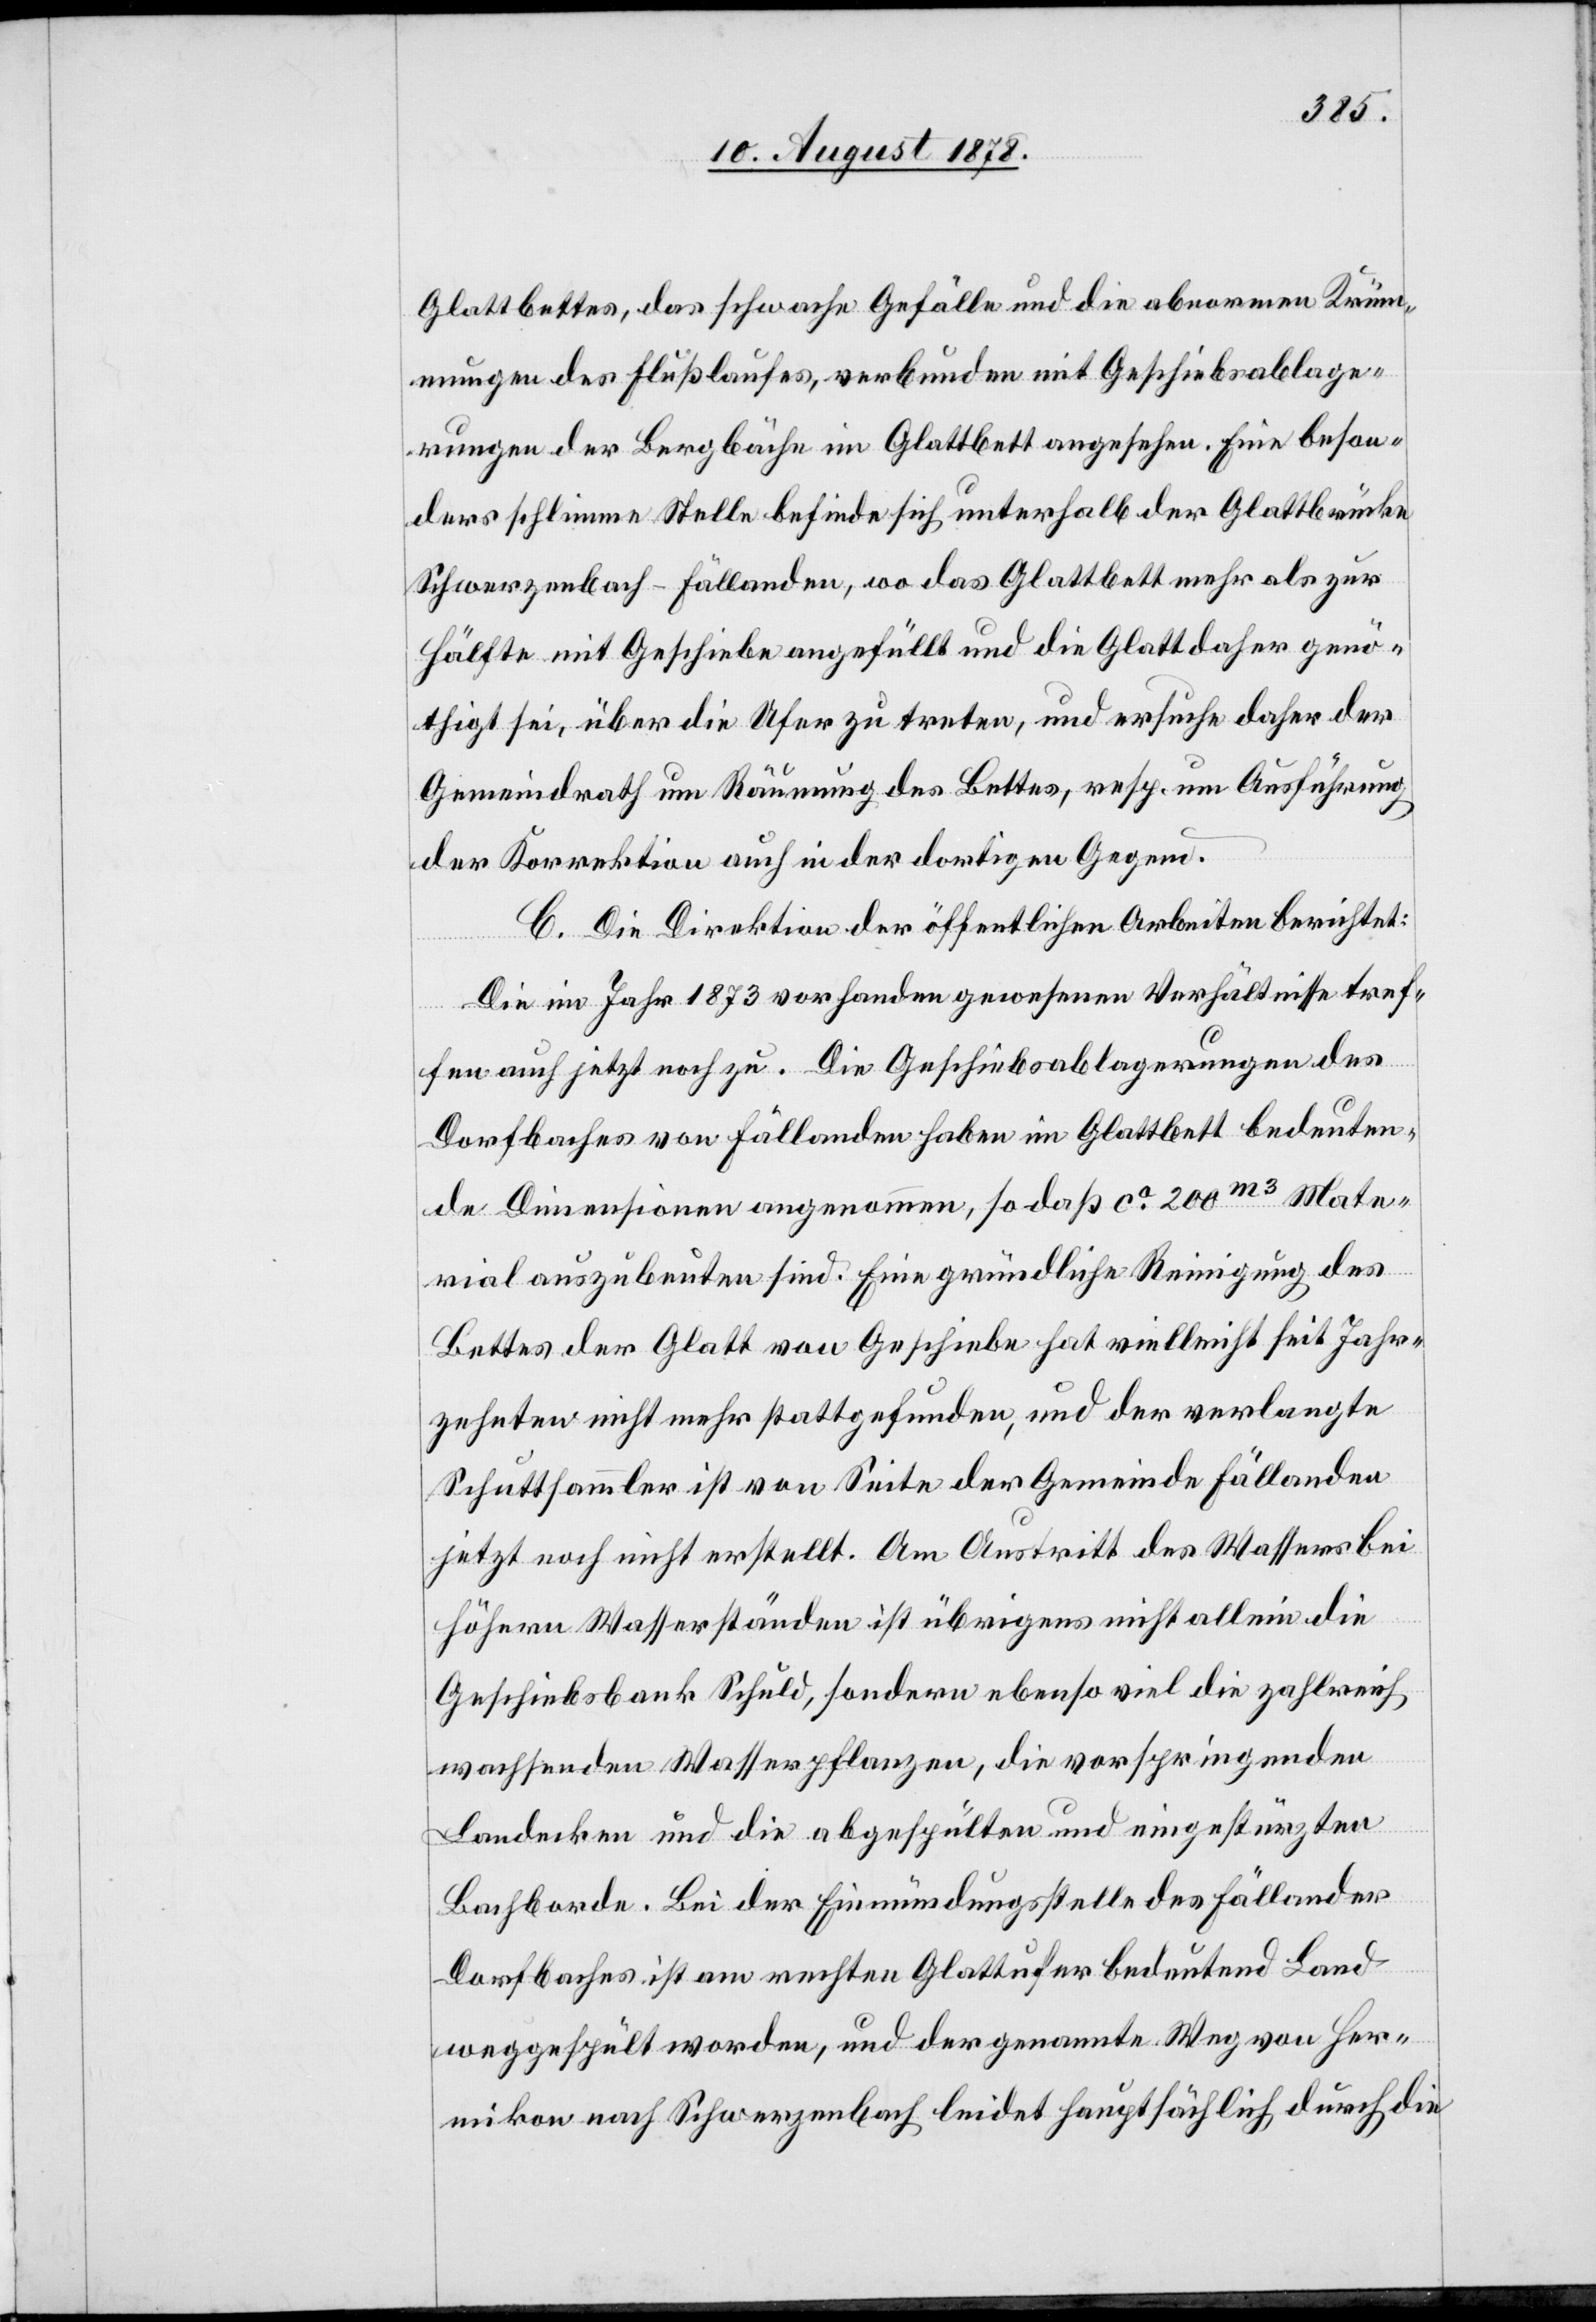
Glattbettes, das schwache Gefälle und die abnormen Krüm¬
mungen des Flusslaufes, verbunden mit Geschiebsablage¬
rungen der Bergbäche im Glattbett angesehen. Eine beson¬
ders schlimme Stelle befinde sich unterhalb der Glattbrücke
Schwerzenbach–Fällanden, wo das Glattbett mehr als zur
Hälfte mit Geschiebe angefüllt und die Glatt daher genö¬
thigt sei, über die Ufer zu treten, und ersuche daher der
Gemeindrath um Räumung des Bettes, resp. um Ausführung
der Korrektion auch in der dortigen Gegend.
C. Die Direktion der öffentlichen Arbeiten berichtet:
Die im Jahr 1873 vorhanden gewesenen Verhältnisse tref¬
fen auch jetzt noch zu. Die Geschiebeablagerungen des
Dorfbaches von Fällanden haben im Glattbett bedeuten¬
de Dimensionen angenommen, so daß ca 200m3 Mate¬
rial auszubeuten sind. Eine gründliche Reinigung des
Bettes der Glatt von Geschiebe hat vielleicht seit Jahr¬
zehnten nicht mehr stattgefunden, und der verlangte
Schuttsammler ist von Seite der Gemeinde Fällanden
jetzt noch nicht erstellt. Am Austritt des Wasser bei
höhern Wasserständen ist übrigens nicht allein die
Geschiebsbank Schuld, sondern ebenso viel die zahlreich
wachsenden Wasserpflanzen, die vorspringenden
Landecken und die abgespülten und eingestürzten
Bachborde. Bei der Einmündungsstelle des Fällander
Dorfbaches ist am rechten Glattufer bedeutend Land
weggespühlt worden, und der genannte Weg von Her¬
mikon nach Schwerzenbach leidet hauptsächlich durch die